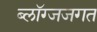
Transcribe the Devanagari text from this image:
ब्लॉग्जजगत